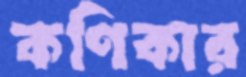
কণিকার